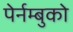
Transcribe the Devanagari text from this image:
पेर्नम्बुको